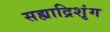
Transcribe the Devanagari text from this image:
सह्याद्रिशृंग